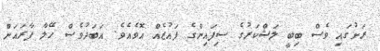
ރަށުގައި ވެސް ބިބީ ލަޝްކަރުގެ ސިފައިންގެ ފައުޒެއް އޮވެއެވެ. އަބަދުވެސް ހޭލާ ފާރައަށް